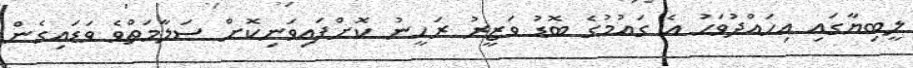
ލީބިޔާގައި އިހައްދުވަހު އެ ގައުމުގެ ބޮޑު ވަޒީރު ރަހީނު ކޮށްފައިވަނިކޮށް ސަލާމަތްވެ ވަޑައިގެން